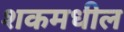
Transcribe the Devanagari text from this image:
शकमधील